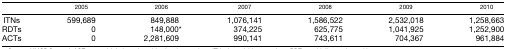
|  | 2005 | 2006 | 2007 | 2008 | 2009 | 2010 |
 | --- | --- | --- | --- | --- | --- | --- |
 | ITNs | 599,689 | 849,888 | 1,076,141 | 1,586,522 | 2,532,018 | 1,258,663 |
 | RDTs | 0 | 148,000* | 374,225 | 625,775 | 1,041,925 | 1,252,900 |
 | ACTs | 0 | 2,281,609 | 990,141 | 743,611 | 704,367 | 961,884 |